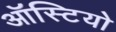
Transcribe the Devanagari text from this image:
ऑस्टियो